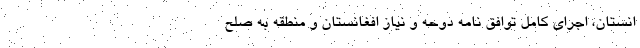
انستان، اجرای کامل توافق نامه دوحه و نیاز افغانستان و منطقه به صلح